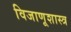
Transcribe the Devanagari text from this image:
विजाणूशास्त्र